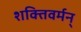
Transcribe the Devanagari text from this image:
शक्तिवर्मन्‌